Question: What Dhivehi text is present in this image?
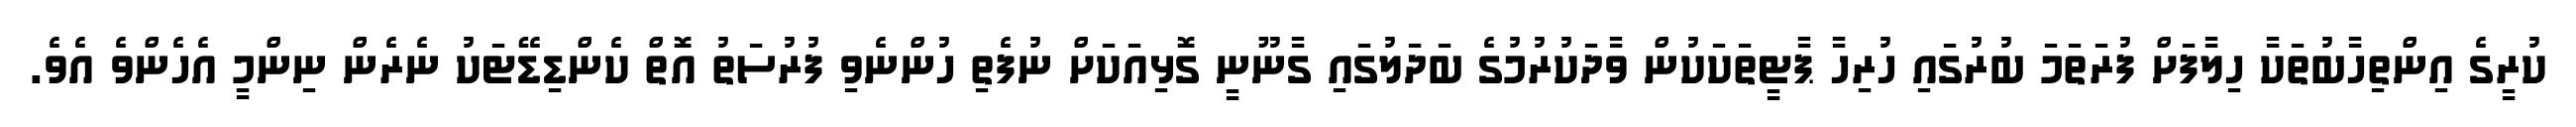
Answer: ކުރީގެ އިންތިހާބުތަކާ ހިލާފަށް ފުރަތަމަ ބުރުގައި ހުރިހާ ޕާޓީތަކަކުން ވާދަކުރުމުގެ ބަދަލުގައި ގާނޫނީ ގޮޅިއަކަށް ނުފެތި ހުންނެވި ފުރުސަތު އޮތް ކެންޑިޑޭޓަކު ނެރެން ނިންމީ އެހެންވެ އެވެ.